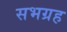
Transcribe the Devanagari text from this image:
सभग्रह